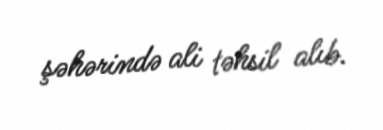
şəhərində ali təhsil alıb.